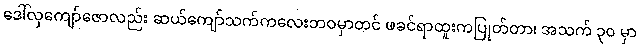
ဒေါ်လှကျော်ဇောလည်း ဆယ်ကျော်သက်ကလေးဘဝမှာတင် ဖခင်ရာထူးကပြုတ်တာ၊ အသက် ၃၀ မှာ